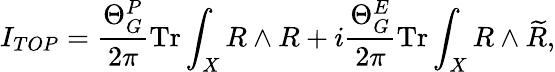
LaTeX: I_{TOP}=\frac{\Theta_{G}^{P}}{2\pi}\mathrm{Tr}\int_{X}R\wedge R+i\frac{\Theta_{G}^{E}}{2\pi}\mathrm{Tr}\int_{X}R\wedge\widetilde{R},